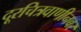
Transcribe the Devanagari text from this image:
दूरचित्रवाणीनवर